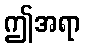
ဤအရာ